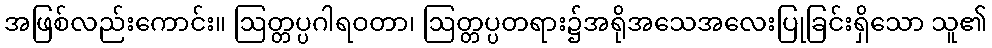
အဖြစ်လည်းကောင်း။ ဩတ္တပ္ပဂါရဝတာ၊ ဩတ္တပ္ပတရား၌အရိုအသေအလေးပြုခြင်းရှိသော သူ၏